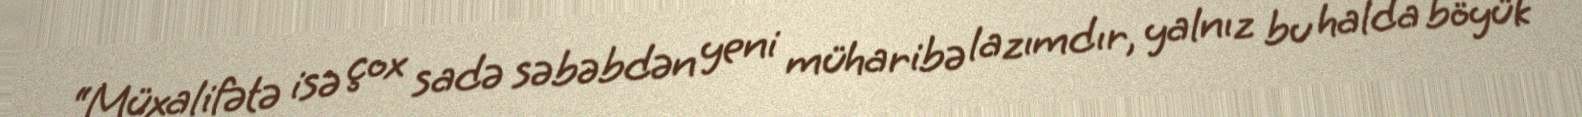
“Müxalifətə isə çox sadə səbəbdən yeni müharibə lazımdır, yalnız bu halda böyük